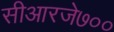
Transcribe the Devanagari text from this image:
सीआरजे७००